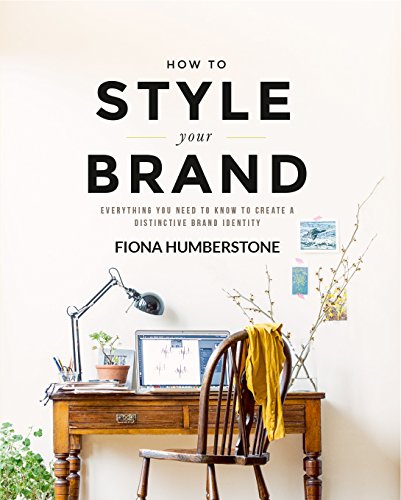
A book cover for How to Style Your Brand: Everything You Need to Know to Create a Distinctive Brand Identity; Fiona Humberstone; Business & Money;